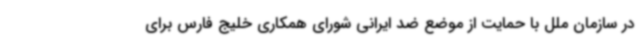
در سازمان ملل با حمایت از موضع ضد ایرانی شورای همکاری خلیج فارس برای